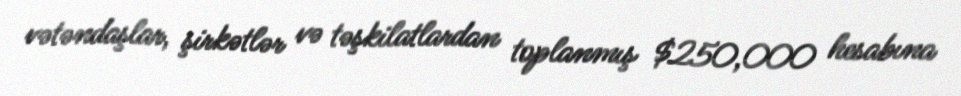
vətəndaşlar, şirkətlər və təşkilatlardan toplanmış $250,000 hesabına